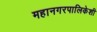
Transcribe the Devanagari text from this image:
महानगरपालिकेशी